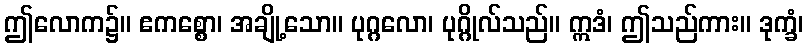
ဤလောက၌။ ဧကစ္စော၊ အချို့သော။ ပုဂ္ဂလော၊ ပုဂ္ဂိုလ်သည်။ ဣဒံ၊ ဤသည်ကား။ ဒုက္ခံ၊